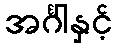
အင်္ဂါနှင့်